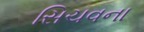
સિચવના